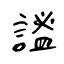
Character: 謐